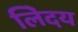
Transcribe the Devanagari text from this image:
लेिदय